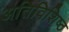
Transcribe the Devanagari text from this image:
अतिविशिष्ठ